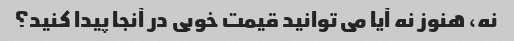
نه، هنوز نه آیا می توانید قیمت خوبی در آنجا پیدا کنید؟